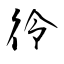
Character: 彾